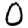
Digit: 0